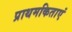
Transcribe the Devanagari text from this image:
प्राथमकिताएं